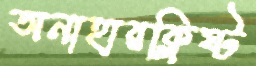
অনাহারক্লিষ্ট